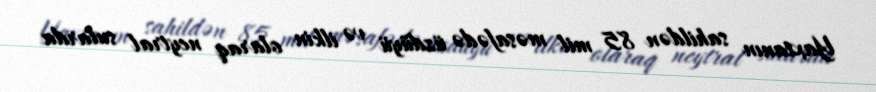
Yaxtanın sahildən 85 mil məsafədə üzdüyü və ilkin olaraq neytral sularda